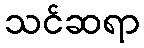
သင်ဆရာ